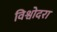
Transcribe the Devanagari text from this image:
विश्वोदरा